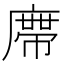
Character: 𭙺